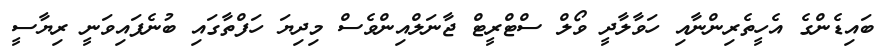
ބައިޑެންގެ އެހީތެރިންނާއި ހަވާލާދީ ވޯލް ސްޓްރީޓް ޖާނަލްއިންވެސް މިދިޔަ ހަފްތާގައި ބުނެފައިވަނީ ރިޔާސީ